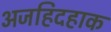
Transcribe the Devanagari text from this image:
अजहिदहाक